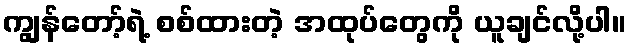
ကျွန်တော့်ရဲ့ စစ်ထားတဲ့ အထုပ်တွေကို ယူချင်လို့ပါ။